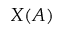
X ( A )